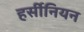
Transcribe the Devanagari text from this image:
हर्सीनियन